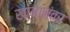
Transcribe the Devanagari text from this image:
खानानंतर